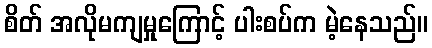
စိတ် အလိုမကျမှုကြောင့် ပါးစပ်က မဲ့နေသည်။